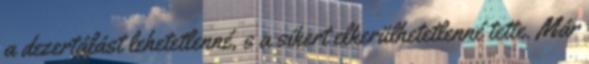
a dezertálást lehetetlenné, s a sikert elkerülhetetlenné tette. Már